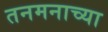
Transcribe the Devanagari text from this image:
तनमनाच्या